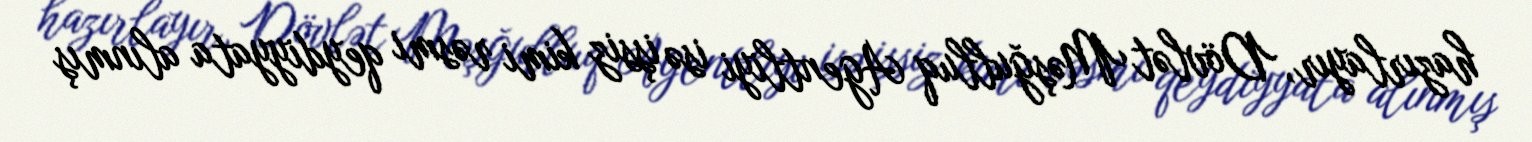
hazırlayır, Dövlət Məşğulluq Agentliyi isə işsiz kimi rəsmi qeydiyyata alınmış